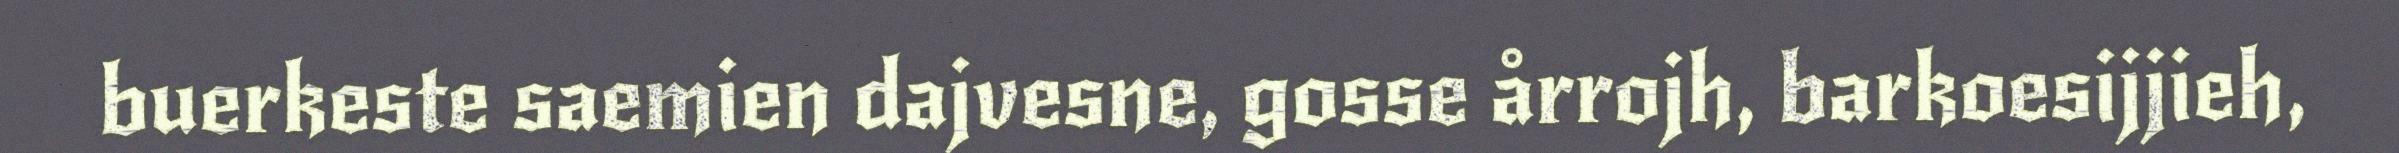
buerkeste saemien dajvesne, gosse årrojh, barkoesijjieh,